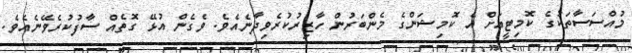
މުއްސަސާތަކުގެ ކޮމިޓީއަށް އެ ކޮމިޝަންގެ މެންބަރުން ހާޒިރުކުރެވިދާނެއެވެ. ވެގެން އުޅޭ ގޮތެއް ސާފުކުރެވޭނެއެވެ.